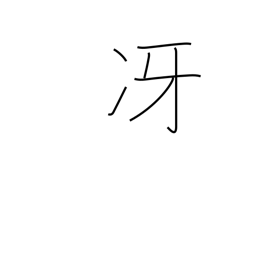
Meaning: be clear